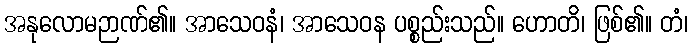
အနုလောမဉာဏ်၏။ အာသေဝနံ၊ အာသေဝန ပစ္စည်းသည်။ ဟောတိ၊ ဖြစ်၏။ တံ၊